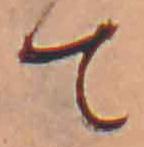
て